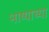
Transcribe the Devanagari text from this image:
भाष्याच्या